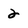
Character: 2